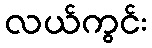
လယ်ကွင်း